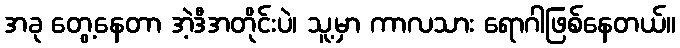
အခု တွေ့နေတာ အဲ့ဒီအတိုင်းပဲ၊ သူ့မှာ ကာလသား ရောဂါဖြစ်နေတယ်။